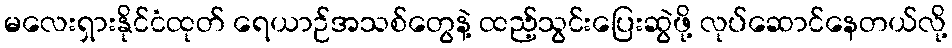
မလေးရှားနိုင်ငံထုတ် ရေယာဉ်အသစ်တွေနဲ့ ထည့်သွင်းပြေးဆွဲဖို့ လုပ်ဆောင်နေတယ်လို့